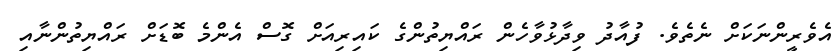
އެވެރީންނަކަށް ނެތެވެ. ފުއާދު ވިދާޅުވާހެން ރައްޔިތުންގެ ކައިރިއަށް ގޮސް އެންމެ ބޮޑަށް ރައްޔިތުންނާއި